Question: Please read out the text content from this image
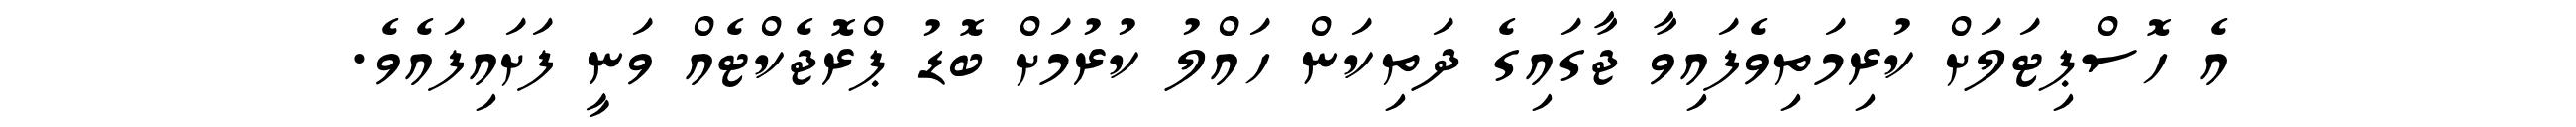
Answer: އެ ހޮސްޕިޓަލަށް ކުރިމަތިވެފައިވާ ޖާގައިގެ ދަތިކަން ހައްލު ކުރުމަށް ބޮޑު ޕްރޮޖެކްޓެއް ވަނީ ފަށައިފައެވެ.